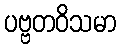
ပဗ္ဗတဝိသမာ